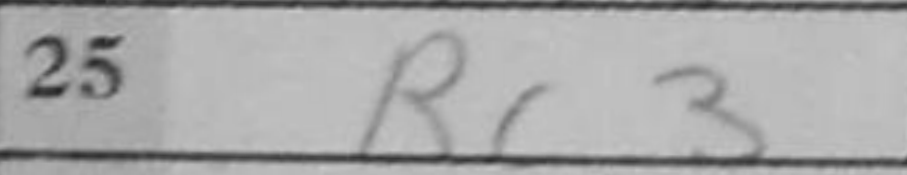
Transcription: Rc3